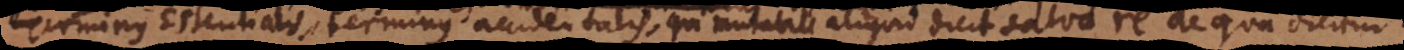
Terminus Essentialis, terminus accidentalis, qui mutabile aliquid dicit salva re de qua dicitur.